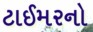
ટાઈમરનો